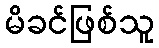
မိခင်ဖြစ်သူ